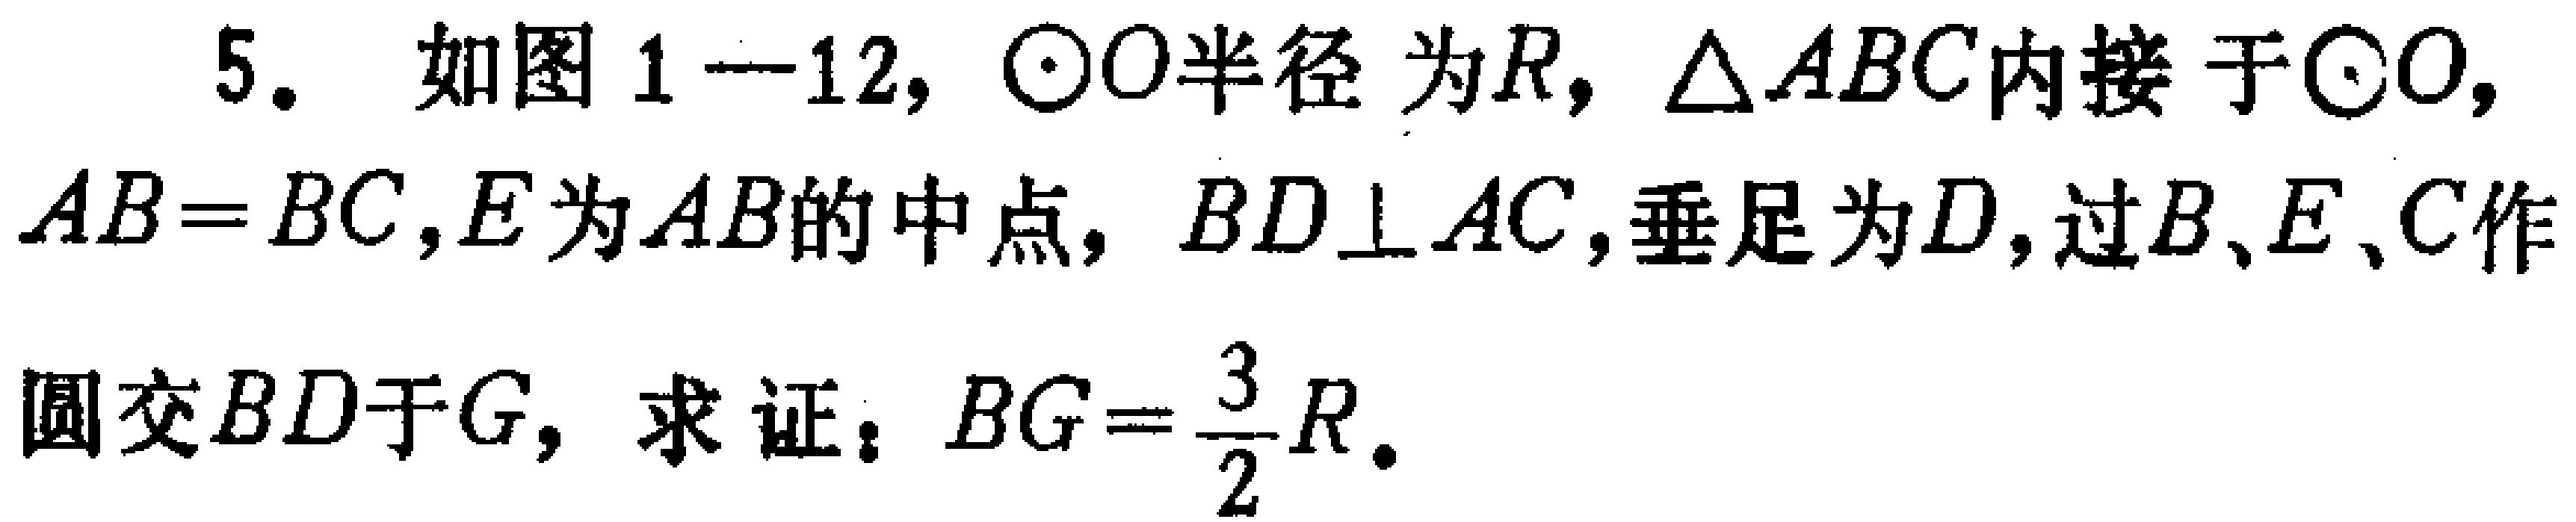
5. 如图1—12，$\odot O$半径为$R$，$\triangle ABC$内接于$\odot O$，$AB = BC$，$E$为$AB$的中点，$BD\perp AC$，垂足为$D$，过$B$、$E$、$C$作圆交$BD$于$G$，求证：$BG=\frac{3}{2}R$。